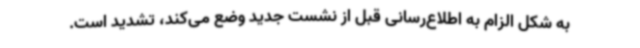
به شکل الزام به اطلاع‌رسانی قبل از نشست جدید وضع می‌کند، تشدید است.